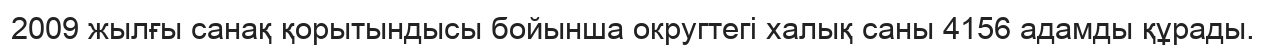
2009 жылғы санақ қорытындысы бойынша округтегі халық саны 4156 адамды құрады.